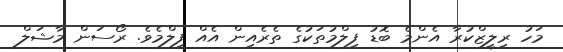
މަހު ރިލީޒްކުރާ އެންމެ ބޮޑު ފިލްމުތަކުގެ ތެރެއިން އެއް ފިލްމެވެ. ރޯސަން މާޝަލް